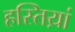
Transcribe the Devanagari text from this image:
हस्तिय़ां